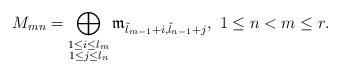
LaTeX: \begin{align*}M_{mn}=\displaystyle\bigoplus\limits_{\begin{subarray}{c} 1\leq i\leq l_m\\1\leq j\leq l_n\end{subarray}}\mathfrak{m}_{\tilde{l}_{m-1}+i,\tilde{l}_{n-1}+j}, \textstyle \ 1\leq n<m\leq r.\end{align*}